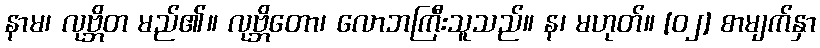
နာမ၊ လုဗ္ဘိတ မည်၏။ လုဗ္ဘိတော၊ လောဘကြီးသူသည်။ န၊ မဟုတ်။ [၀၂] စာမျက်နှာ